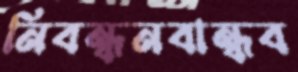
নিবন্ধনবান্ধব